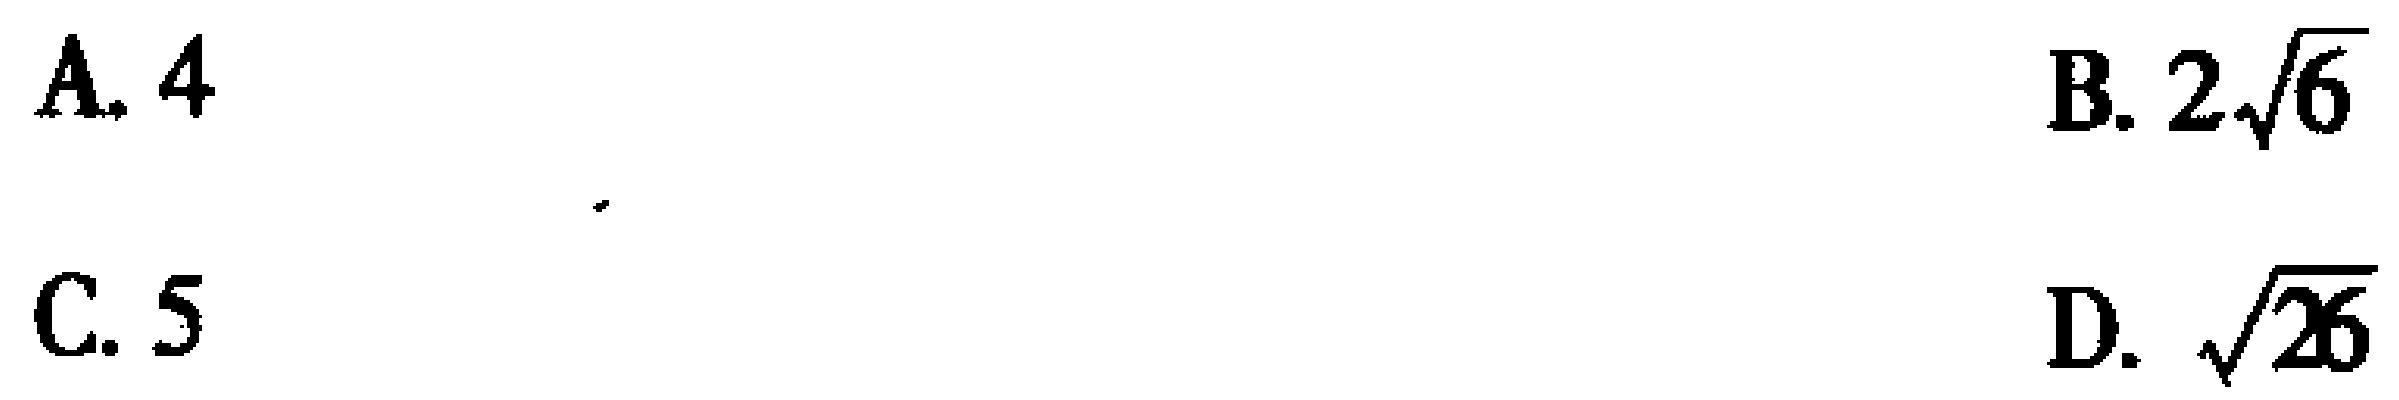
A. \(4\)  , B. \(2\sqrt{6}\)  , C. \(5\)  , D. \(\sqrt{26}\)